Papers set at the Examination for Leaving Certificates, 1892
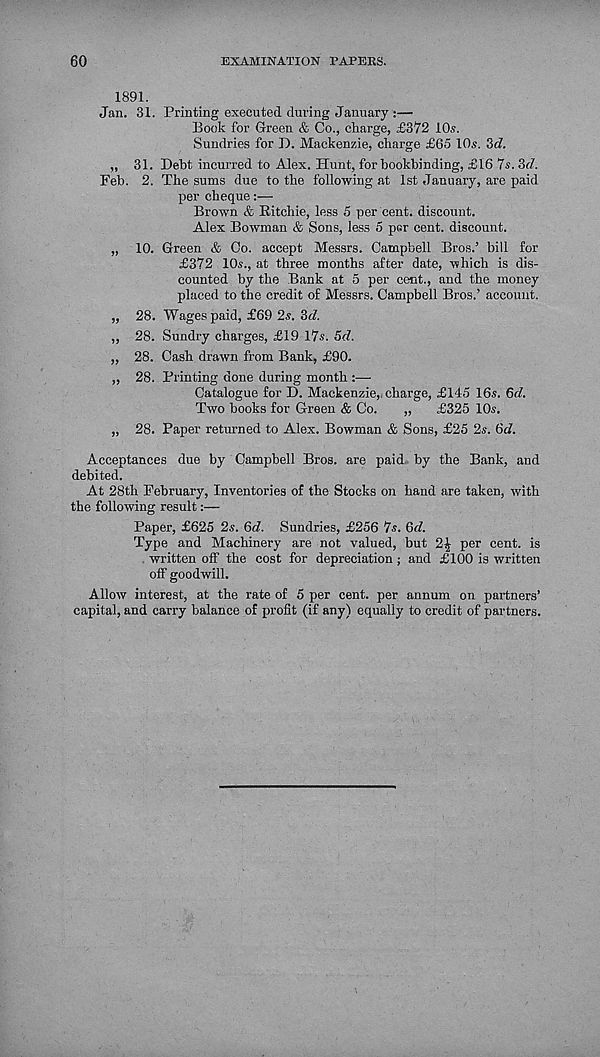
60
EXAMINATION PAPERS.
1891.
Jan. 31. Printing executed during January :—
Book for Green & Co., charge, £372 10s.
Sundries for D. Mackenzie, charge £65 10s. 2>d.
„ 31. Debt incurred to Alex. Hunt, for bookbinding, £16 7s. 3<7.
Feb. 2. The sums due to the following at 1st January, are paid
per cheque:—
Brown & Ritchie, less 5 per cent, discount.
Alex Bowman & Sons, less 5 per cent, discount.
„ 10. Green & Co. accept Messrs. Campbell Bros.’ bill for
£372 10s., at three months after date, which is dis-
counted by the Bank at 5 per cent., and the money
placed to the credit of Messrs. Campbell Bros.’ account.
„ 28. Wages paid, £69 2s. 3<7.
„ 28. Sundry charges, £19 17s. 5d.
„ 28. Cash drawn from Bank, £90.
„ 28. Printing done during month :—•
Catalogue for D. Mackenzie,, charge, £145 16s. 6<7.
Two books for Green & Co.
„
£325 10s.
„ 28. Paper returned to Alex. Bowman & Sons, £25 2s. 6c?.
Acceptances due by Campbell Bros, are paid by the Bank, and
debited.
At 28th February, Inventories of the Stocks on hand are taken, with
the following result:—
Paper, £625 2s. 6d. Sundries, £256 7s. 6d.
Type and Machinery are not valued, but 2^ per cent, is
written off the cost for depreciation; and £100 is written
off goodwill.
Allow interest, at the rate of 5 per cent, per annum on partners’
capital, and carry balance of profit (if any) equally to credit of partners.